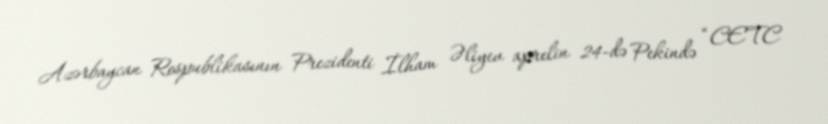
Azərbaycan Respublikasının Prezidenti İlham Əliyev aprelin 24-də Pekində “CETC